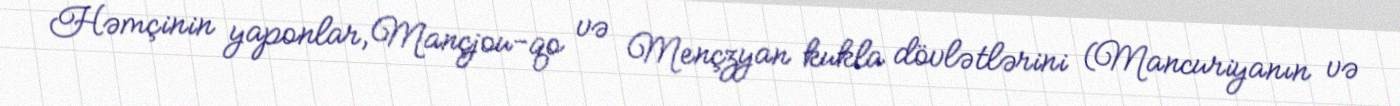
Həmçinin yaponlar, Mançjou-qo və Mençzyan kukla dövlətlərini (Mancuriyanın və